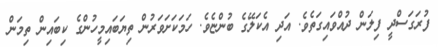
ފުރަގަސްދީ ފިލަން ދުއްވައިގަތެވެ. އަދި އެކަލޭގެ ބުންޏެވެ. ހަމަކަށަވަރުން ތިޔަބައިމީހުންގެ ކިބައިން ތިމަން